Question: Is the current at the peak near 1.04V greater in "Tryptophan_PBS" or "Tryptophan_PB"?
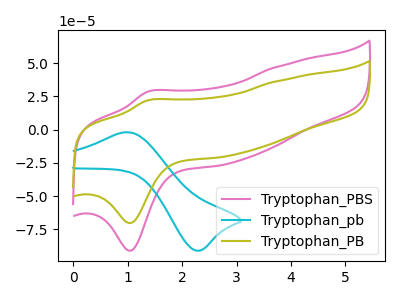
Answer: <think>The pink curve "Tryptophan_PBS" has an anodic peak at (1.35V, 28.55uA) and a cathodic peak at (1.05V, -91.20uA). The cyan curve "Tryptophan_pb" has an anodic peak at (1.00V, -1.95uA) and a cathodic peak at (2.25V, -91.15uA). The olive curve "Tryptophan_PB" has an anodic peak at (1.35V, 22.00uA) and a cathodic peak at (1.05V, -70.40uA).</think>
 <answer>The peak at 1.04V is higher in "Tryptophan_PBS" than in "Tryptophan_PB".</answer>
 <eval>higher</eval>